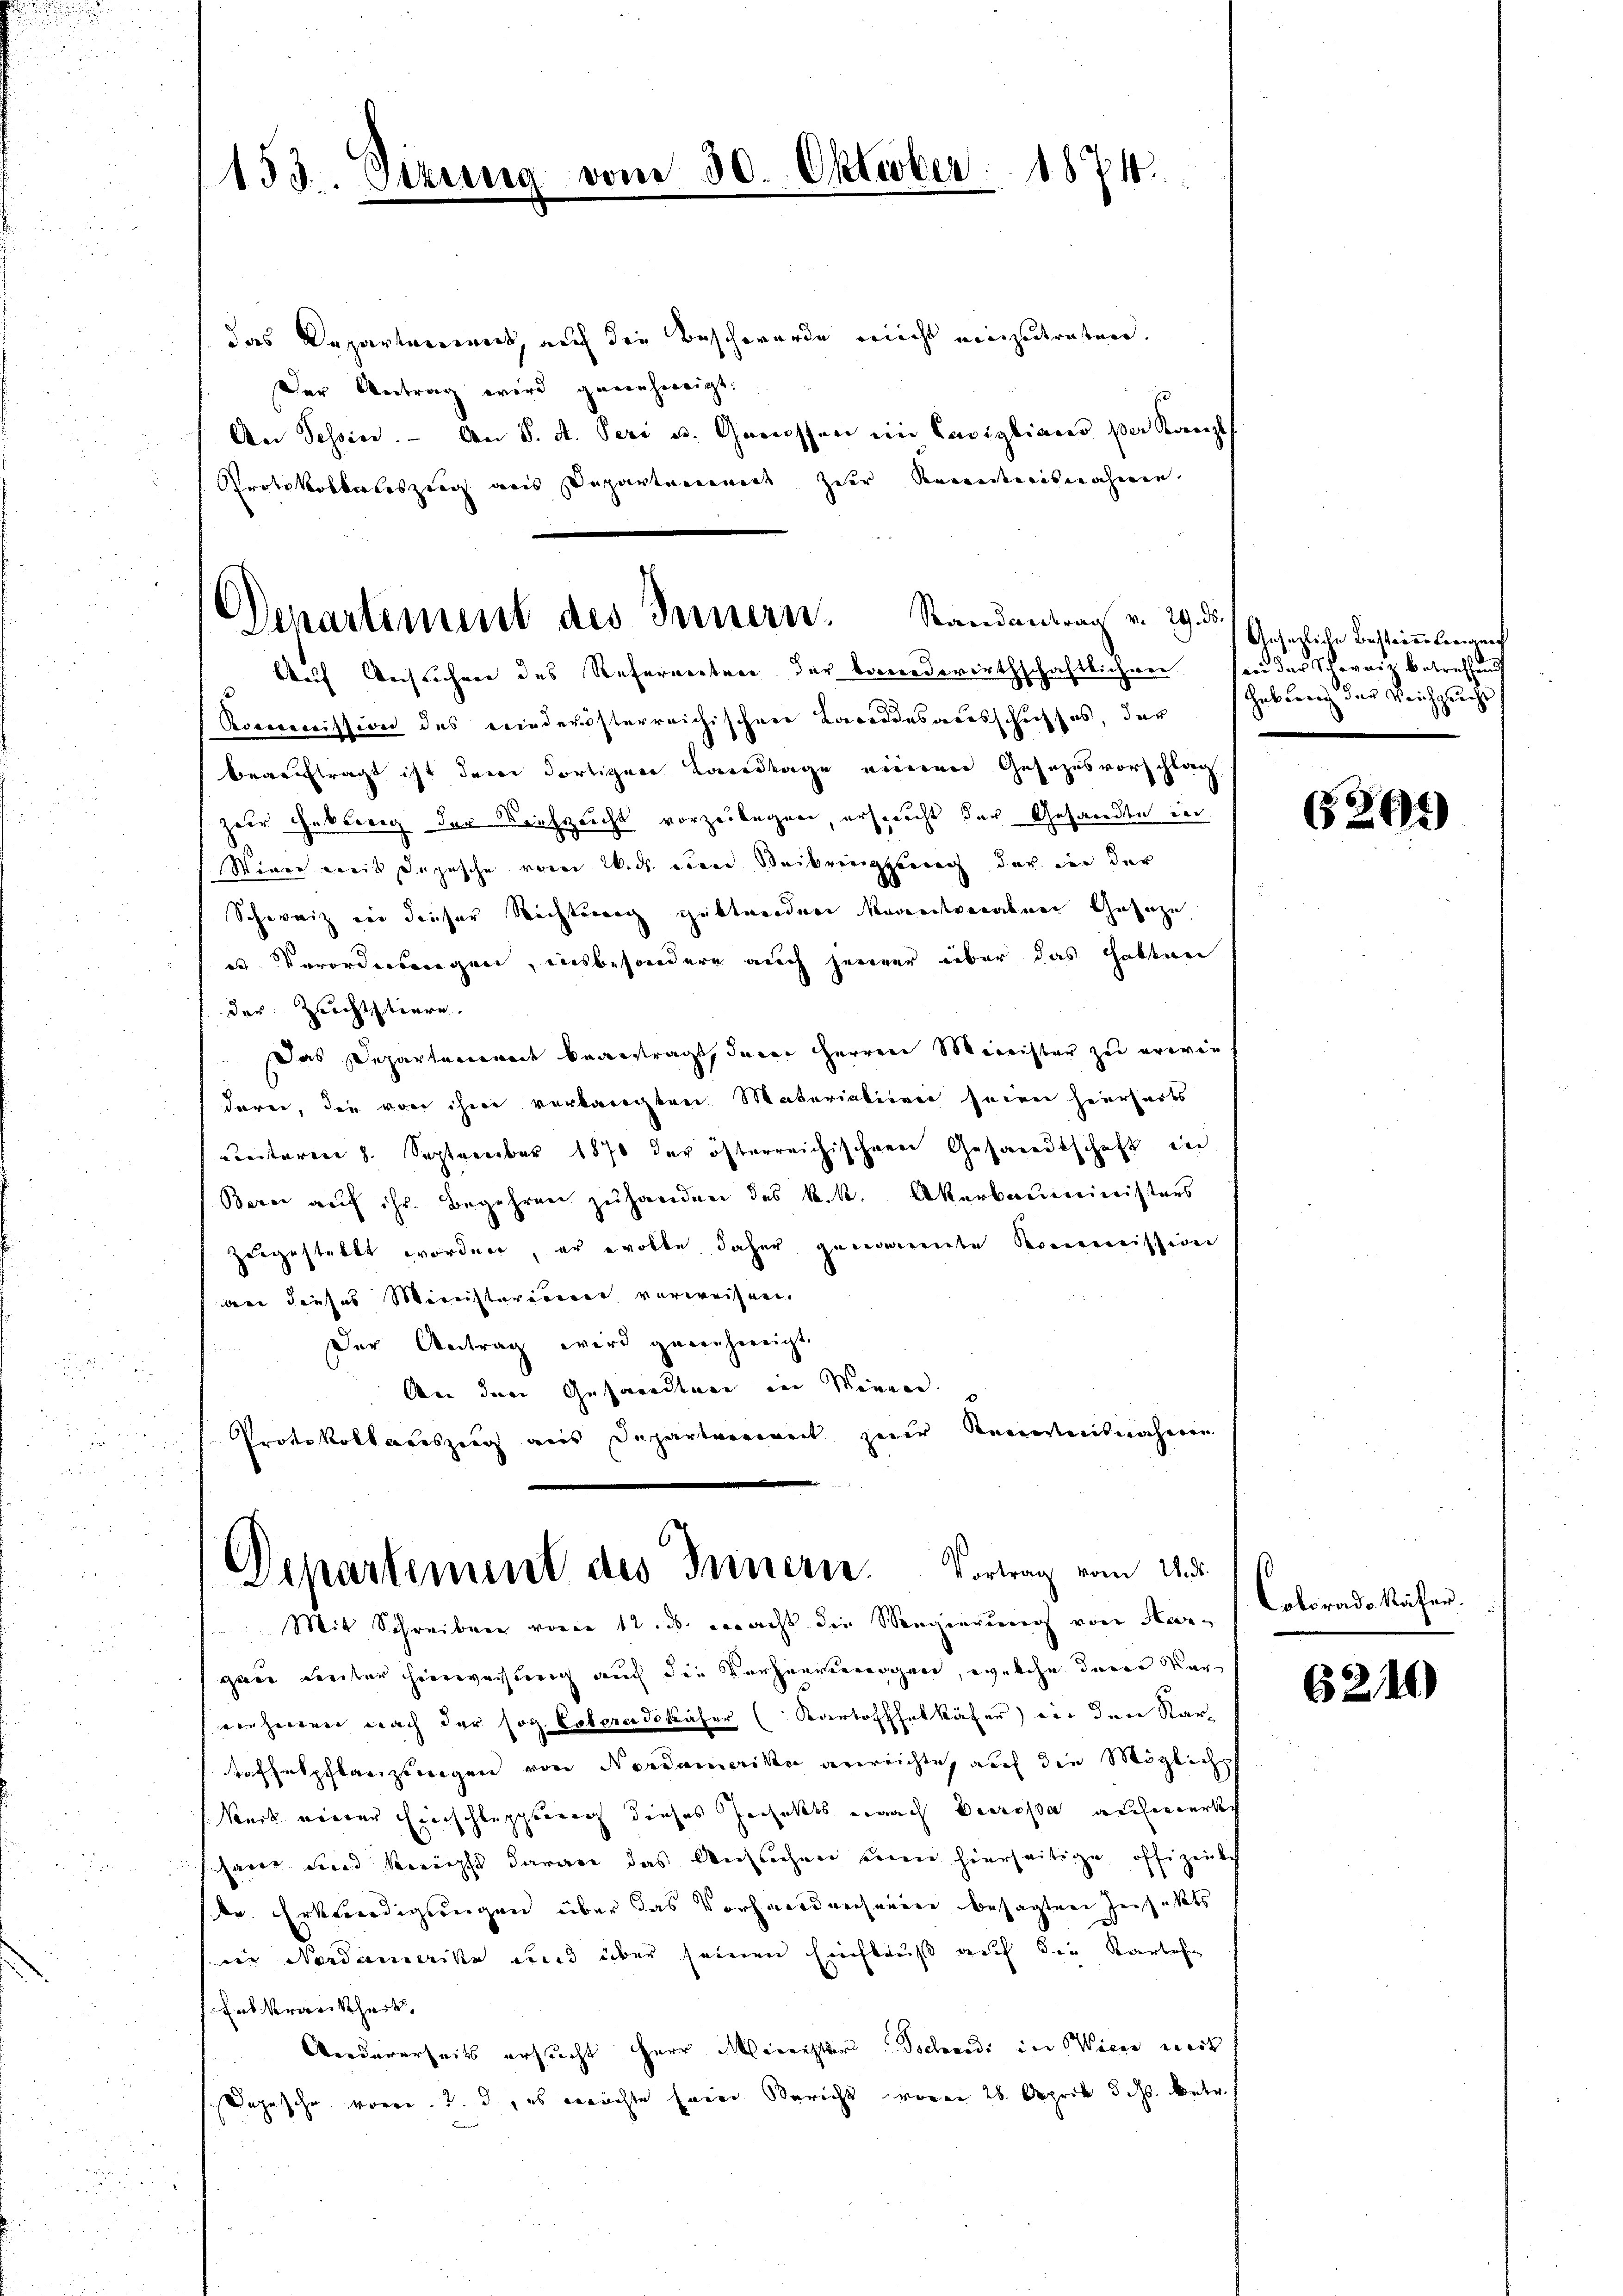
153. Dire

das Departement, auf die Beschwerde nicht einzutreten.
Der Vertrag wird genehmigt.
An Tessin. - An S. A. Peri u. Grossen ein Cavigliano per Kanzl
Protokollerliszieg aus Departement zur Kenntnisnahmen
Rommnission des niederösterreichischen Bareidesausschusses, der
beauftragt ist dann dortiger Landtage einerer Gesezesvorschlag
zur Gebung der Reichzeicht vorzubegnen, erspricht der Gesandte in
Stinne weit Depesche vom Widt eine Beibringung der von der
Schweiz in dieser Rechtung gibt werden Vereitverabner Gesage
er Verordnungen, insbesondere auch jenerer über das Halten
der Zeichtstiere.
Das Departement beantragt, davon Herren Minister zu erwie
daren, die von ihm verlangten Materialien seiner hierharts
unterm 8. September 1870 der österreichischen Gesandtschaft in
Berei auf ihr. Begehren zuhanden des k.k. Akerbauministers
zugestellt worden, er erotte daher genannte Kommission
dee dieses Ministerisier vorweisen.
Der Antrag wird genehmigt.
4
An dem Gesandtnen in Mennen.
Protokollauszug aus Departenwert zur Rennweisnahmen
u

vom 30. Oktober 1874.

Departement des Innern, Randantrag v. 29. ds.
Aauf Anführer des Refernenten der Bandwirthschaftlichen sei der Schweiz betreffen

Departement des Innern. Vortrag vom 21. d.
 Mit Schreiben von 12 ds. macht die Megierung von Her¬

gan unter hinweisung auch die Vorhangewogen, welche deren Vervorherren nach der sog. Estera dokäfer (Kartoffelkäfer in den Kar
toffelpflanzlingen von Nordamerika anreichte, auf die Mögliche
Nuit einer Einschlupptung dieses Hechts nach Beeressa auchenersch
harer und knipst daran das Ansuchen seien hierseitige offizeilich
ke Erkländigungen über das Vorhandrechanien besagten Zechisat
die Nordamerika und über seinen Einfluß auf die Karlehe
Entkrankheits
Andererseits ersucht Herr Minister Tschenade der Sicen erk
Depesche vorge. 2. d, es möchte seine Bericht von 26. April 5. ds. betr.

Gesetzliche Bestimmten auf
habarers der Reichprucht

G291)

Colorado Käfer.

6210